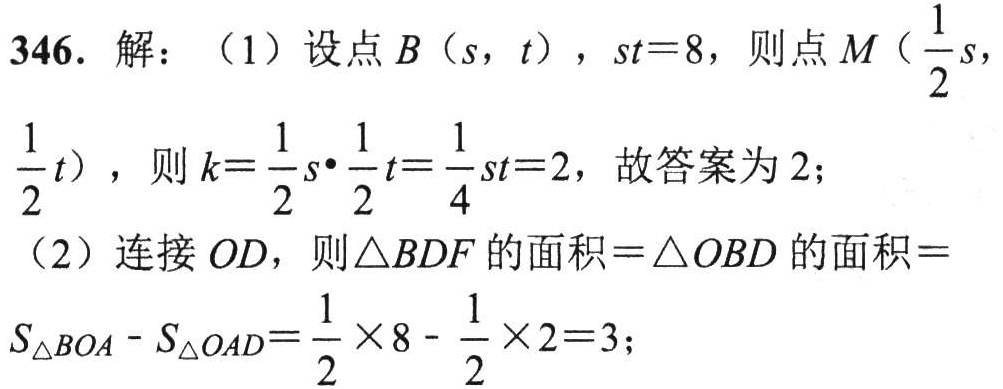
346. 解：（1）设点\(B(s,t)\)，\(st = 8\)，则点\(M(\frac{1}{2}s,\frac{1}{2}t)\)，则\(k=\frac{1}{2}s\cdot\frac{1}{2}t=\frac{1}{4}st = 2\)，故答案为\(2\)；

（2）连接\(OD\)，则\(\triangle BDF\)的面积\(=\triangle OBD\)的面积\(=S_{\triangle BOA}-S_{\triangle OAD}=\frac{1}{2}\times8 - \frac{1}{2}\times2 = 3\)；